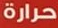
حرارة